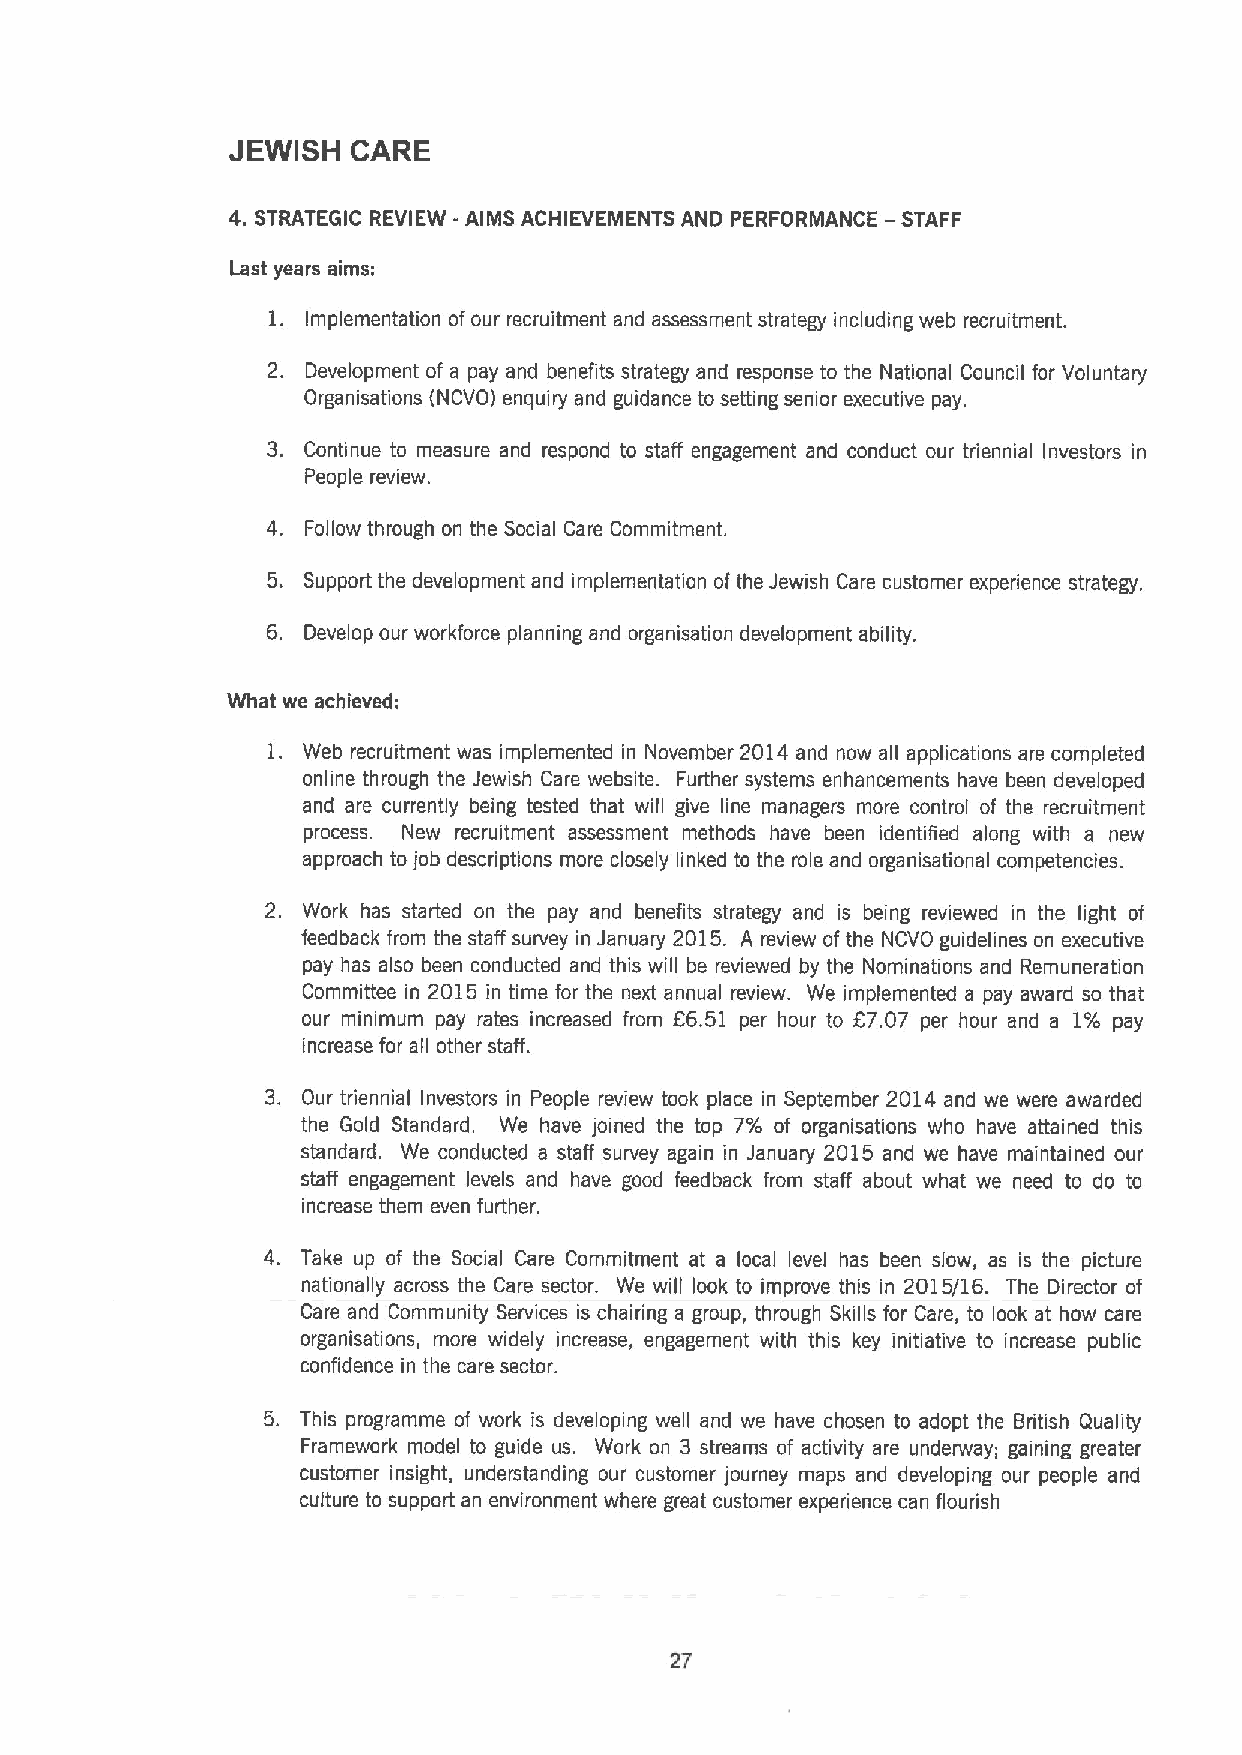
JEWISH  CARE
 4. STRATEGIC REVIEW -AIMS ACHIEVEMENTS AND PERFORMANCE —STAFF
 Last years aims:
 l.
 Implementation ofour recruitment and assessment strategy including web recruitment.
 2. Development of a pay and benefits strategy and response to the National Council for Voluntary
 Organisations (NOVO) enquiry and guidance to setting senior executive pay.
 3. Continue to measure and respond to staff engagement and conduct our triennial Investors in
 People review.
 4. Follow through on the Social Care Commitment.
 5. Support the development and implementation of the Jewish Care customer experience strategy.
 6. Develop our workforce planning and organisation development ability.
 What we achieved:
 1. Web recruitment was implemented in November 2014 and now all applications are completed
 online through the Jewish Care website. Further systems enhancements have been developed
 and are currently being tested that will give line managers more control of the recruitment
 process. New recruitment assessment methods have been identified along with a new
 approach to job descriptions more closely linked to the role and organisational competencies.
 2. Work has started on the pay and benefits strategy and is being reviewed in the light of
 feedback from the staff survey in January 2015. A review ofthe NCVO guidelines on executive
 pay has also been conducted and this will be reviewed by the Nominations and Remuneration
 Committee in 2015 in time for the next annual review. We implemented a pay award so that
 our minimum pay rates increased from 66.51 per hour to 67.07 per hour and a 1% pay
 increase for all other staff.
 3. Our triennial Investors in People review took place in September 2014 and we were awarded
 the Gold Standard. We have joined the top 7% of organisations who have attained this
 standard. We conducted a staff survey again in January 2015 and we have maintained our
 staff engagement levels and have good feedback from staff about what we need to do to
 increase them even further.
 4. Take up of the Social Care Commitment at a local level has been slow, as is the picture
 nationally across the Care sector. We will look to improve this in 2015/16. The Director of
 Care and Community Services is chairing a group, through Skills for Care, to look at how care
 organisations, more widely increase, engagement with this key initiative to increase public
 confidence in the care sector.
 5. This programme of work is developing well and we have chosen to adopt the British Quality
 Framework model to guide us. Work on 3 streams of activity are underway; gaining greater
 customer insight, understanding our customer journey maps and developing our people and
 culture to support an environment where great customer experience can flourish
 27